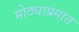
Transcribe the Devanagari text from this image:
मोठ्याप्रमात